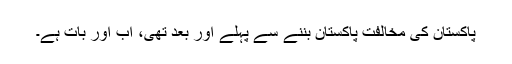
پاکستان کی مخالفت پاکستان بننے سے پہلے اور بعد تھی، اب اور بات ہے۔